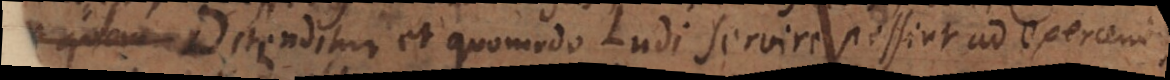
Ostenditur et quomodo Ludi servire possint ad exercendos